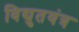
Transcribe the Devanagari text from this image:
विद्युतयंत्र